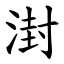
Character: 湗